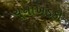
ચૂનાખડકો